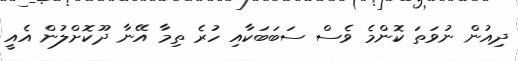
ދިއުން ނުވަތަ ކޮންމެ ވެސް ސަބަބަކާއި ހުރެ ތިމާ އޭނާ ދޫކޮށްލުން އެއީ